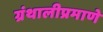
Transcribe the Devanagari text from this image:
ग्रंथालीप्रमाणे